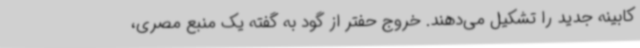
کابینه جدید را تشکیل می‌دهند. خروج حفتر از گود به گفته یک منبع مصری،